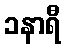
၁နာရီ